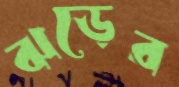
ঝড়ের